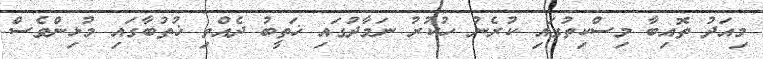
މިއަދު ތޮއިބާ މިސްކިތުގައި ކުރެނު ހުކުރު ނަމާދުގައި ޚަތީބު ދެއްވި ޚުތުބާގައި މުޅިންވެސް